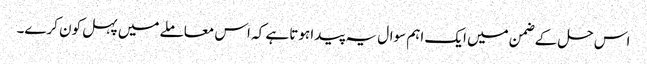
اس حل کے ضمن میں ایک اہم سوال یہ پیدا ہوتا ہے کہ اس معاملے میں پہل کون کرے۔